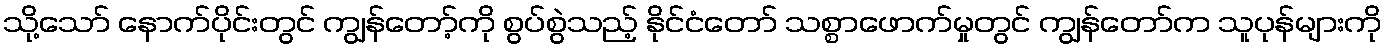
သို့သော် နောက်ပိုင်းတွင် ကျွန်တော့်ကို စွပ်စွဲသည့် နိုင်ငံတော် သစ္စာဖောက်မှုတွင် ကျွန်တော်က သူပုန်များကို